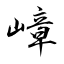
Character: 嶂